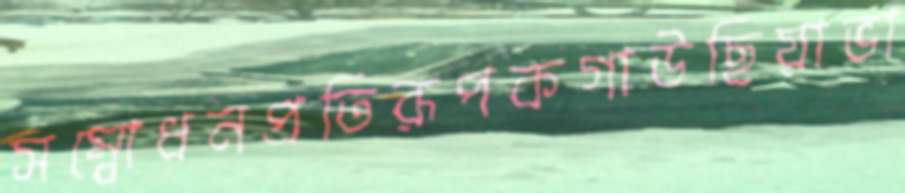
সম্বোধনপ্রতিরূপকগাউছিয়াভা